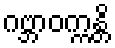
ဂဗ္ဘာဝက္ကန္တိ